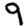
Digit: 9